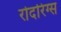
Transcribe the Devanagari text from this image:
रोदरिग्स